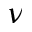
\nu